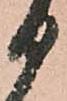
る